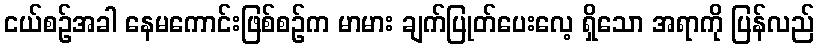
ငယ်စဉ်အခါ နေမကောင်းဖြစ်စဉ်က မာမား ချက်ပြုတ်ပေးလေ့ ရှိသော အရာကို ပြန်လည်